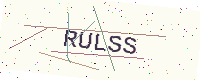
Text: RULSS